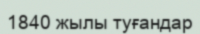
1840 жылы туғандар